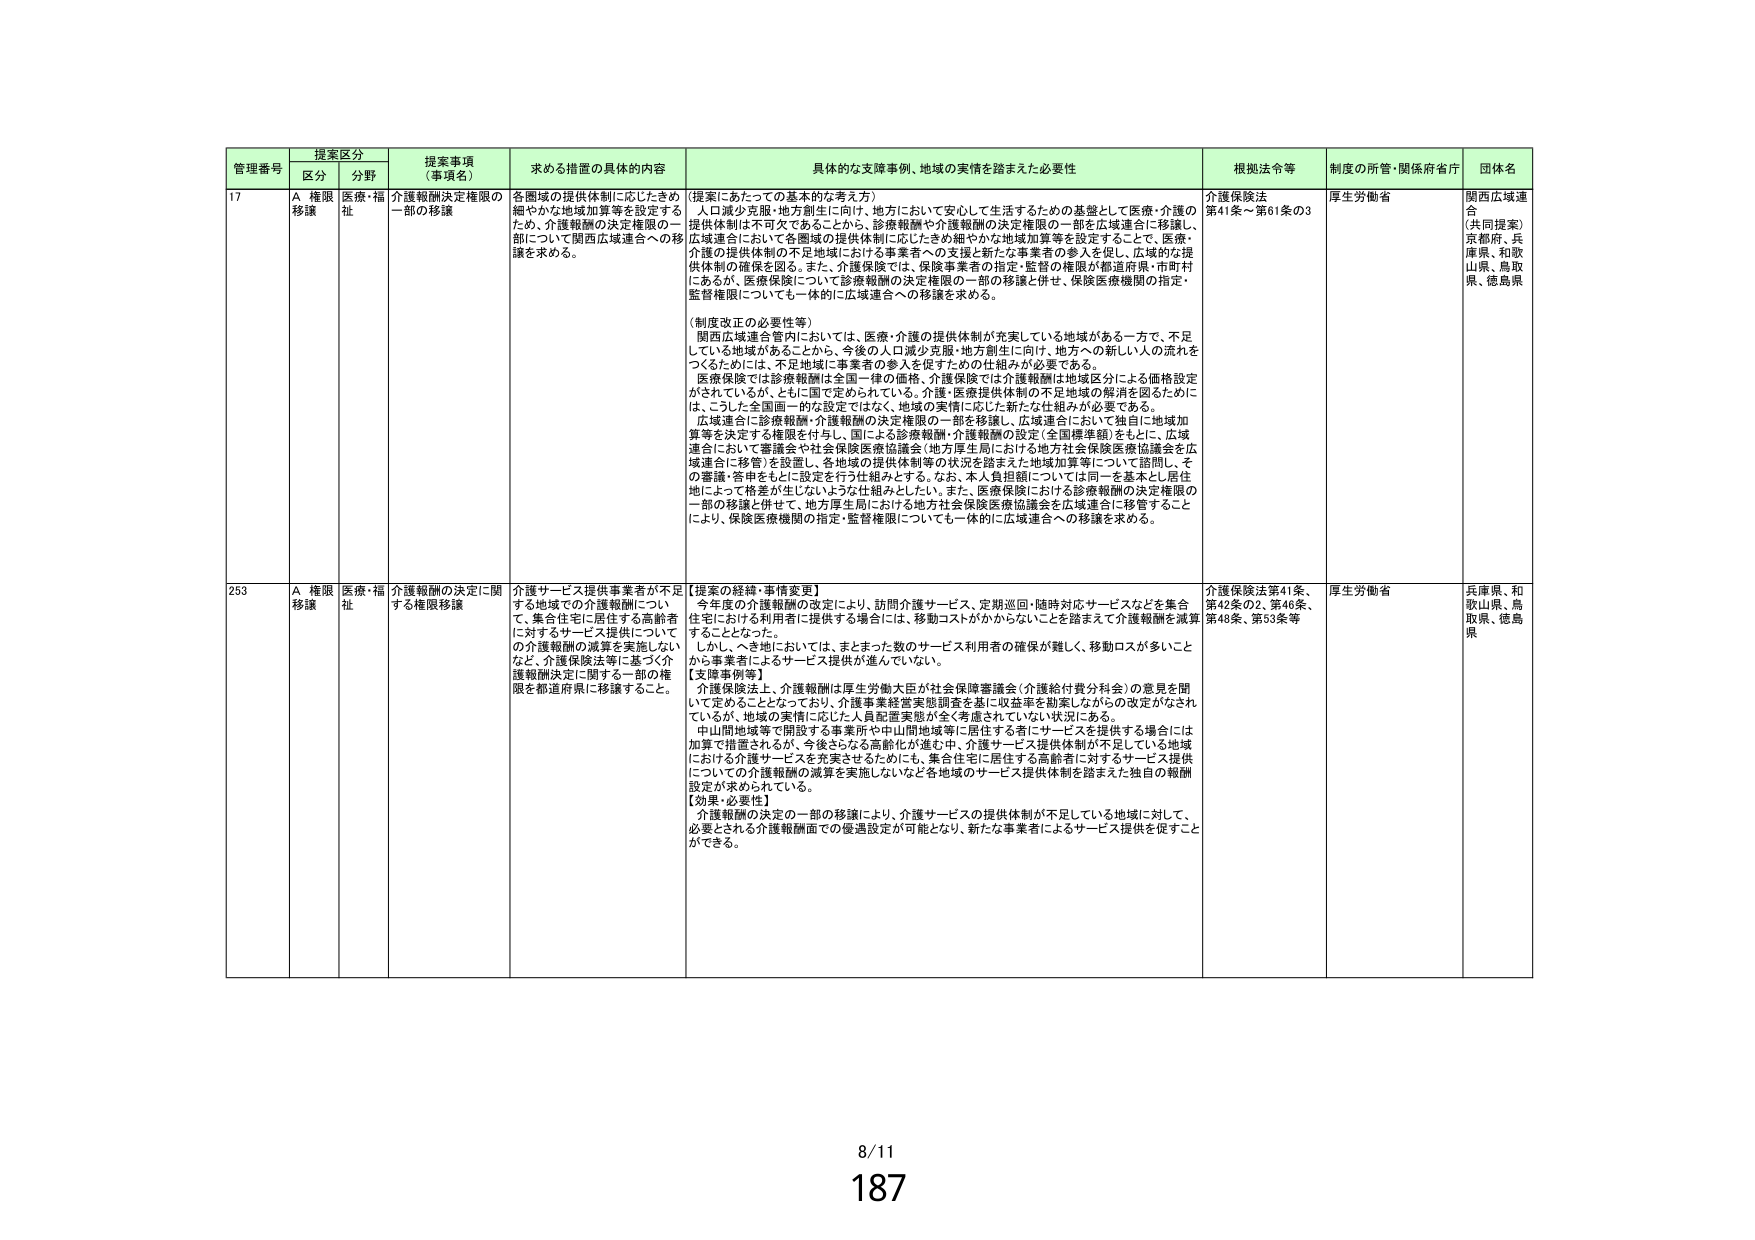
管理番号 提案区分 提案事項（事項名） 求める措置の具体的内容 具体的な支援事例、地域の実情を踏まえた必要性 根拠法令等 制度の所管・関係府省庁 団体名
区分 分野
17 A 権限移譲 医療・福祉 介護報酬決定権限の一部の移譲 各圏域の提供体制に応じたきめ細やかな地域加算等を設定するため、介護報酬の決定権限の一部について関西広域連合への移譲を求める。 （提案にあたっての基本的な考え方） 人口減少対策・地方創生に向け、地方において安心して生活するための基盤として医療・介護の提供体制は不可欠である。このため、診療報酬や介護報酬の決定権限の一部を広域連合に移譲し、広域連合において各圏域の提供体制に応じたきめ細やかな地域加算等を設定することで、医療・介護の提供体制の不足地域における事業者への支援と新たな事業者の参入を促し、広域的な提供体制の確保を図る。また、介護保険では、保険事業者の指定・監督の権限が都道府県・市町村にあるが、医療保険について診療報酬の決定権限の一部の移譲と併せ、保険医療機関の指定・監督権限についても一体的に広域連合への移譲を求める。 （制度改正の必要性等） 関西広域連合管内においては、医療・介護の提供体制が充実している地域がある一方で、不足している地域がある。このため、今後の人口減少克服・地方創生に向け、地方への新しい人の流れをつくるためには、不足地域に事業者の参入を促すための仕組みが必要である。 医療保険では診療報酬は全国一律の価格、介護保険では介護報酬は地域区分による価格設定がされているが、ともに国で定められている。介護・医療提供体制の不足地域の解消を図るために、こうした全国画一的な設定ではなく、地域の実情に応じた新たな仕組みが必要である。 広域連合に診療報酬・介護報酬の決定権限の一部を移譲し、広域連合において独自に地域加算等を決定する権限を付与し、国による診療報酬・介護報酬の設定（全国標準額）をもとに、広域連合において審議会や社会保険医療協議会（地方厚生局における地方社会保険医療協議会を広域連合に移管）を設置し、各地域の提供体制等の状況を踏まえた地域加算等について諮問し、その審議・答申をもとに設定を行う仕組みとする。なお、本人負担額については同一を基本とし居住地によって格差が生じないような仕組みとしたい。また、医療保険における診療報酬の決定権限の一部の移譲と併せて、地方厚生局における地方社会保険医療協議会を広域連合に移管することにより、保険医療機関の指定・監督権限についても一体的に広域連合への移譲を求める。 介護保険法 第41条～第61条の3 厚生労働省 関西広域連合 （共同提案） 京都府、兵庫県、和歌山県、鳥取県、徳島県
253 A 権限移譲 医療・福祉 介護報酬の決定に関する権限移譲 介護サービス提供事業者が不足する地域での介護報酬について、集合住宅に居住する高齢者に対するサービス提供についての介護報酬の減算を実施しないなど、介護保険法等に基づく介護報酬決定に関する一部の権限を都道府県に移譲すること。 【提案の経緯・事情変更】 今年度の介護報酬の改定により、訪問介護サービス、定期巡回・随時対応サービスなどを集合住宅における利用者に提供する場合には、移動コストがかからないことを踏まえて介護報酬を減算することとなった。 しかし、へき地においては、まとまった数のサービス利用者の確保が難しく、移動ロスが多いことから事業者によるサービス提供が進んでいない。 【支援事例等】 介護保険法上、介護報酬は厚生労働大臣が社会保障審議会（介護給付費分科会）の意見を聞いて定めることとなっており、介護事業経営実態調査を基に収益率を勘案しながらの改定がなされているが、地域の実情に応じた人員配置実態が全く考慮されていない状況にある。 中山間地域等で開設する事業所や中山間地域等に居住する者にサービスを提供する場合には加算で措置されるが、今後さらなる高齢化が進む中、介護サービス提供体制が不足している地域における介護サービスを充実させるためにも、集合住宅に居住する高齢者に対するサービス提供についての介護報酬の減算を実施しないなど各地域のサービス提供体制を踏まえた独自の報酬設定が求められている。 【効果・必要性】 介護報酬の決定の一部の移譲により、介護サービスの提供体制が不足している地域に対して、必要とされる介護報酬面での優遇設定が可能となり、新たな事業者によるサービス提供を促すことができる。 介護保険法第41条、第42条の2、第46条、第48条、第53条等 厚生労働省 兵庫県、和歌山県、鳥取県、徳島県
8/11 187